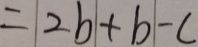
= 2 b + b - c